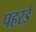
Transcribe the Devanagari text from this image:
पहरई